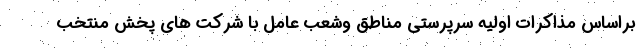
براساس مذاکرات اولیه سرپرستی مناطق وشعب عامل با شرکت های پخش منتخب